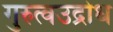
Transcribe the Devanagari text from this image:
गुरुत्वउद्रोध